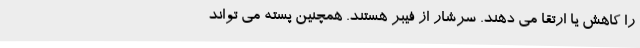
را کاهش یا ارتقا می دهند. سرشار از فیبر هستند. همچنین پسته می تواند